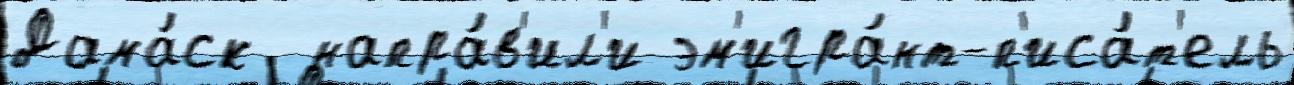
Дама́ск  напра́в'ил'и эм'игра́нт-п'иса́т'ель